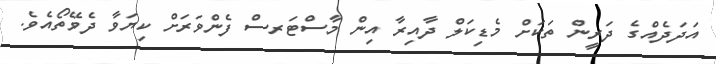
އަދަދެއްގެ ދަރީން ތަކަށް މެޑިކަލް ދާއިރާ އިން މާސްޓަރސް ފެންވަރަށް ކިޔަވާ ދެވޭތޯއެވެ.